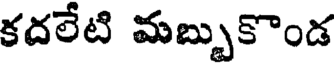
కదలేటి మబ్బుకొండ